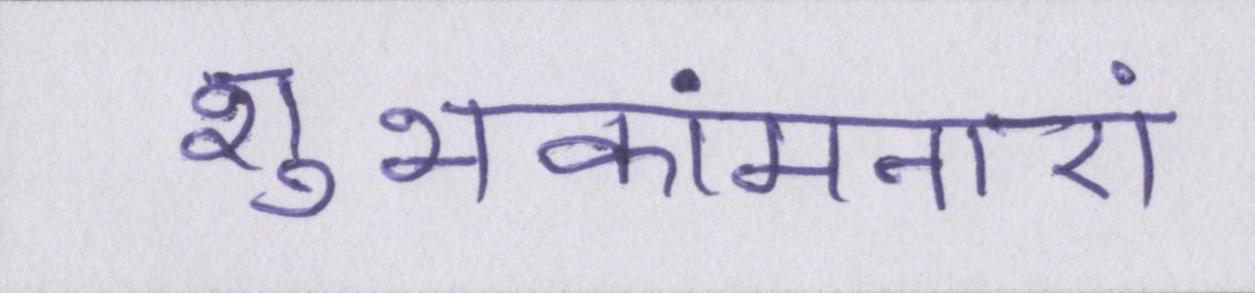
शुभकांमनाएं